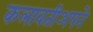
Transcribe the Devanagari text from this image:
कलावतीअपने